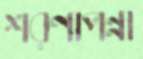
শরণাপন্না